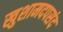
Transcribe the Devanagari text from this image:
खुशामदपसंद